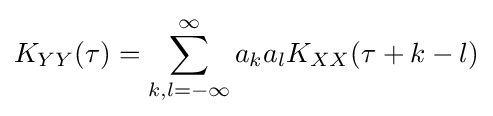
K_{YY}(\tau )=\sum _{k,l=-\infty }^{\infty }a_{k}a_{l}K_{XX}(\tau +k-l)